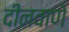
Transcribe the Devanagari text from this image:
दीनवाणे